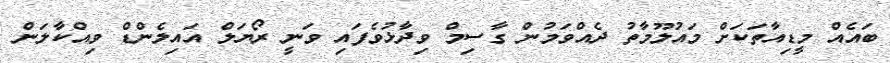
ބައެއް މީޑިއާތަކަށް މައުލޫމާތު ދެއްވަމުން ގާސިމް ވިދާޅުވެފައި ވަނީ ރޯޔަލް އައިލެންޑް ވިއްކާލަން